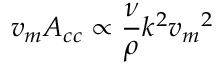
v _ { m } A _ { c c } \propto \frac { \nu } { \rho } k ^ { 2 } { v _ { m } } ^ { 2 }